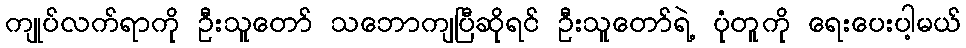
ကျုပ်လက်ရာကို ဦးသူတော် သဘောကျပြီဆိုရင် ဦးသူတော်ရဲ့ ပုံတူကို ရေးပေးပါ့မယ်